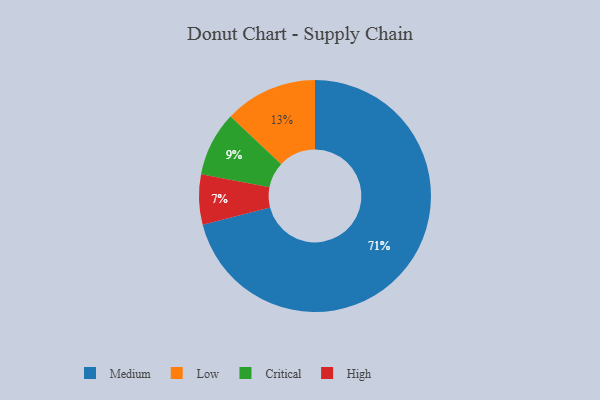
{"axis": {"x": "Category", "y": "Percentage"}, "legend": ["Critical", "High", "Low", "Medium"], "data": [{"x": "Low", "y": 13, "type": "Low"}, {"x": "High", "y": 7, "type": "High"}, {"x": "Medium", "y": 71, "type": "Medium"}, {"x": "Critical", "y": 9, "type": "Critical"}]}